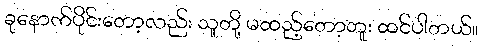
ခုနောက်ပိုင်းတော့လည်း သူတို့ မထည့်တော့ဘူး ထင်ပါတယ်။